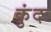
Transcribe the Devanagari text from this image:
कुंदः